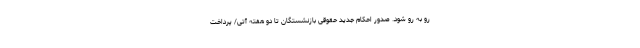
رو به رو شود. صدور احکام جدید حقوقی بازنشستگان تا دو هفته آتی/ پرداخت